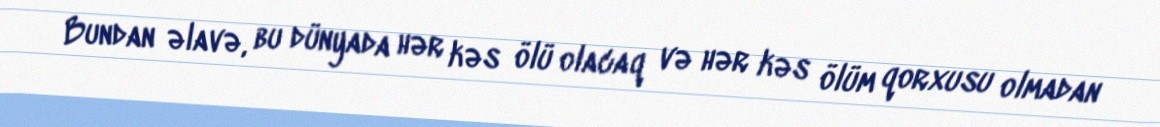
Bundan əlavə, bu dünyada hər kəs ölü olacaq və hər kəs ölüm qorxusu olmadan